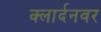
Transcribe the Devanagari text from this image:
क्लार्दनवर